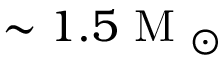
\sim 1 . 5 \mathrm { ~ M ~ } _ { \odot }